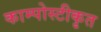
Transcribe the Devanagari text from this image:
काम्पोस्टीकृत